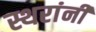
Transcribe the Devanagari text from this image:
स्थरांनी